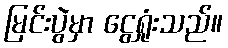
မြင်းပွဲမှာ ငွေရှုံးသည်။